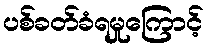
ပစ်ခတ်ခံရမှုကြောင့်